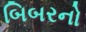
બિબરનો